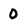
Character: 0